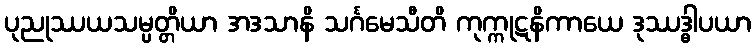
ပုညုဿယသမ္ပတ္တိယာ အဒသာနိ သင်္ဂမေသီတိ ကုက္ကုဋနိကာယေ ဒုဿဒ္ဓါပယာ